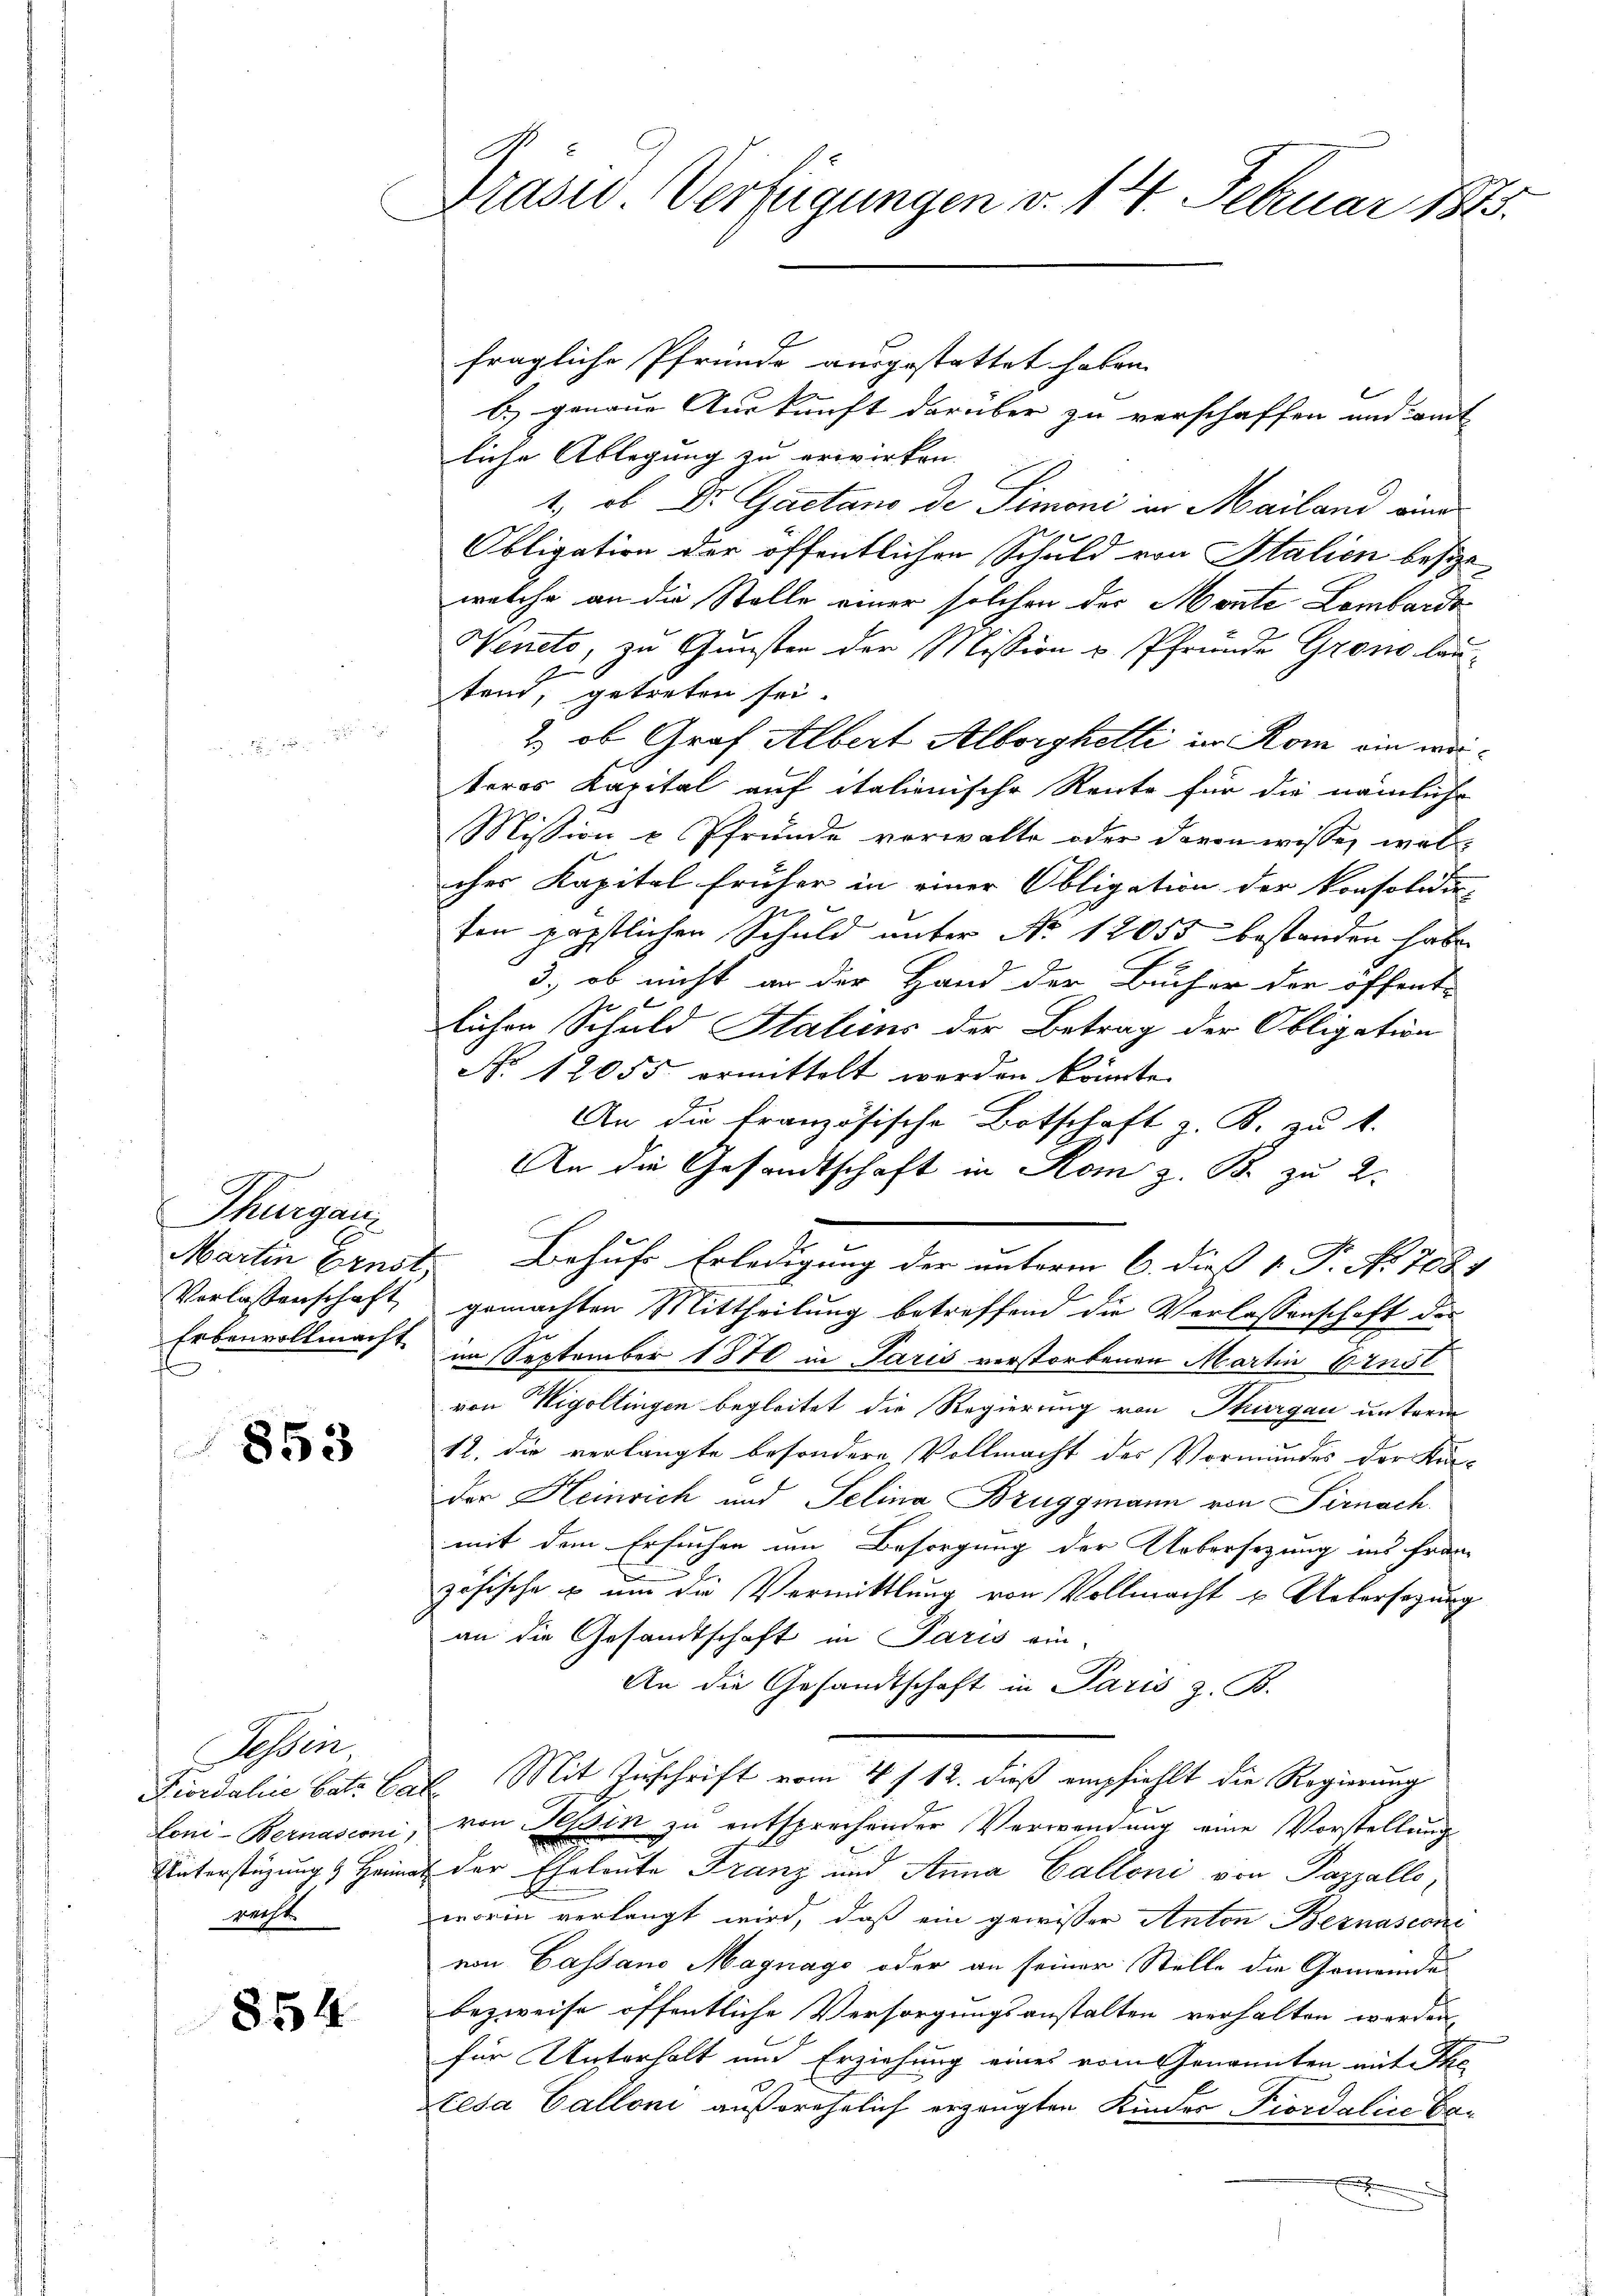
Thurgau
E
Martin Ernst,
Vorlassenschaft
Erbenvollmacht

853

Tessin.
Loni-Bernasconi
recht

854

Präsid Verfügungen v. 14. Februar 1815.

fragliche Pfründe ausgestattet haben.
b) genaue Auskunft darüber zu verschaffen und amt
liche Ablegung zu erwirken.
1., ob Dr. Gaetano der Simoni in Mailand eine
Obligation der öffentlichen Schuld von Italien besize
welche an die Stelle einer solchen des Monte Lombardo
Weneto, zu Gunsten der Mission u. Pfrunde Grono lautend, getreten sei.
2) ob Graf Albert Alborghetti im Rom ein weiteres Kapital auf italienische Rente für die nämliche
Mission v Pfrunde vorwalte oder davon wisse, welcher Kapital früher in einer Obligation der konsolidi
2
ten päpstlichen Schuld unter No 12055 bestanden habe
3., ob nicht an der Hand der Bucher der öffent-
e
lichen Schuld Italiens der Betrag der Obligation
No 12055 ermittelt werden könnte.
An die französische Botschaft z. B. zu 1.
An die Gesandtschaft in Rom z. B. zu 2.
Behufs Erledigung der unterm 6. dies 1. P. Nr. 708.
gemachten Mittheilung betreffend die Verlassenschaft des
im September 1870 in Paris verstorbenen Martin Ernst
von Wigoltingen begleitet die Regierung von Thurgau untrem
12. die verlangte besondere Vollmacht des Vormundes der Kin-
der Heinrich und Selina Bruggmann von Sirnach
mit dem Ersuchen um Besorgung der Uebersezung ins Franz
zösische u um die Vermittlung von Vollmacht u. Uebersagung
an die Gesandtschaft in Paris ein-
An die Gesandtschaft in Paris z. B.
Furdalie bat Cat. Mit Zuschrift vom 4 f 12. dieß empfiehlt die Regierung
von Tessin zu entsprechender Verwendung eine Vorstellung
Unterstüzung & Heimat der Eheleute Franz und Anna Calloni von Pazzalle
worin verlangt wird, daß ein gewisser Anton Bernasconi
von Cassano Magnago oder an seiner Stelle die Gemeinde
bezweife öffentliche Versorgungsanstalten verhalten werden,
für Unterhalt und Erziehung eines vom Genannten mit The
Eesa Valloni außerehelich erzeugten Kindes Fiordaline Ba¬
.